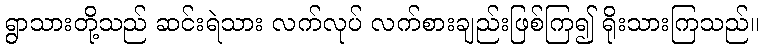
ရွာသားတို့သည် ဆင်းရဲသား လက်လုပ် လက်စားချည်းဖြစ်ကြ၍ ရိုးသားကြသည်။